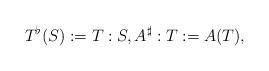
LaTeX: \begin{align*}T^\flat(S):= T: S, A^\sharp: T:= A(T),\end{align*}